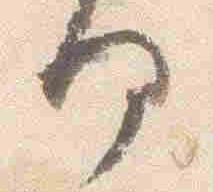
何